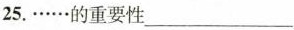
25.……的重要性___